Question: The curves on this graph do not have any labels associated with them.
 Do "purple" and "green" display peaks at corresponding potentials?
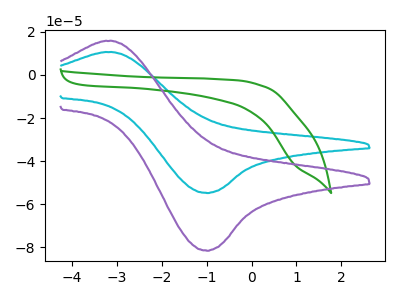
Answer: <think>The cyan curve "cyan" has an anodic peak at (-3.10V, 10.55uA) and a cathodic peak at (-1.00V, -54.80uA). The green curve "green" has no peaks. The purple curve "purple" has an anodic peak at (-3.10V, 15.70uA) and a cathodic peak at (-1.00V, -81.55uA).</think>
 <answer>No, "purple" and "green" have a different number of peaks.</answer>
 <eval>different_amount</eval>